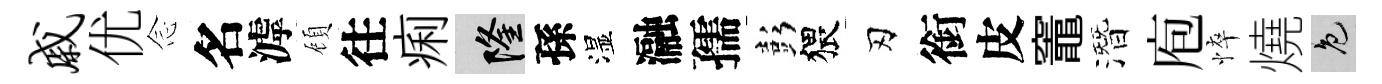
戚优𫝹名滹頋往痢隆孫湿瀜孺彭猥刃銜皮竈潛庖悴燒色